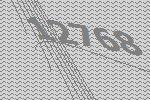
12768